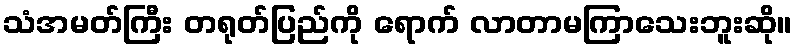
သံအမတ်ကြီး တရုတ်ပြည်ကို ရောက် လာတာမကြာသေးဘူးဆို။